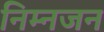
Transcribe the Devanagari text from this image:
निम्नजन